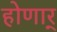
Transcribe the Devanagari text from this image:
होणार्